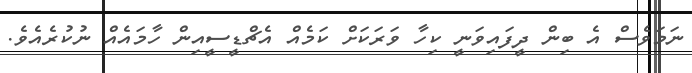
ނަމަވެސް އެ ބިން ދީފައިވަނީ ކިހާ ވަރަކަށް ކަމެއް އެޗްޑީސީއިން ހާމައެއް ނުކުރެއެވެ.